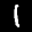
Label: 1